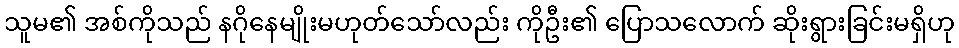
သူမ၏ အစ်ကိုသည် နဂိုနေမျိုးမဟုတ်သော်လည်း ကိုဦး၏ ပြောသလောက် ဆိုးရွားခြင်းမရှိဟု